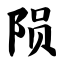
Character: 陨